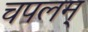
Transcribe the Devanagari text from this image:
चपलम्